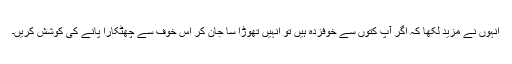
انہوں نے مزید لکھا کہ اگر آپ کتوں سے خوفزدہ ہیں تو انہیں تھوڑا سا جان کر اس خوف سے چھٹکارا پانے کی کوشش کریں۔